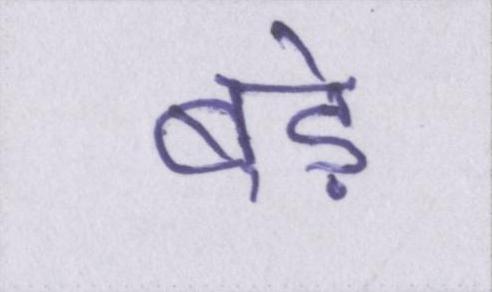
बडे़